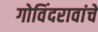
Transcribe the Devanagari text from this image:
गोविंदरावांचे